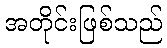
အတိုင်းဖြစ်သည်